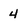
Character: 4